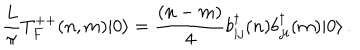
\frac { L } { \pi } T _ { F } ^ { + + } ( n , m ) | 0 \rangle = { \frac { ( n - m ) } { 4 } } b _ { i j } ^ { \dagger } ( n ) b _ { j i } ^ { \dagger } ( m ) | 0 \rangle \, .